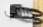
مامي